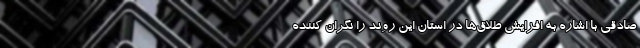
صادقی با اشاره به افزایش طلاق‌ها در استان این روند را نگران کننده